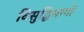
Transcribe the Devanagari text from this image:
विसुद्धिमग्गों